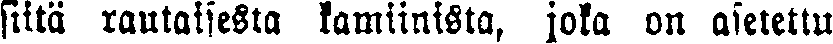
siitä rautaisesta kamiinista, joka on asetettu